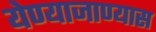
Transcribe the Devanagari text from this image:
येण्याजाण्यास